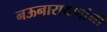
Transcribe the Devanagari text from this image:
नऊनारायणांनी